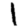
Digit: 1